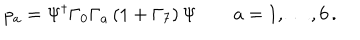
p _ { a } = \Psi ^ { \dagger } \Gamma _ { 0 } \Gamma _ { a } \left( 1 + \Gamma _ { 7 } \right) \Psi \qquad a = 1 , \dots , 6 \, .